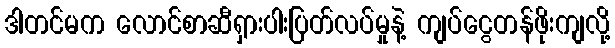
ဒါတင်မက လောင်စာဆီရှားပါးပြတ်လပ်မှုနဲ့ ကျပ်ငွေတန်ဖိုးကျလို့